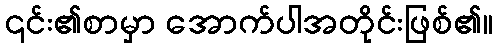
၎င်း၏စာမှာ အောက်ပါအတိုင်းဖြစ်၏။